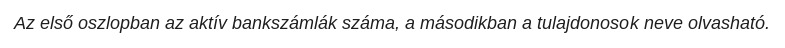
Az első oszlopban az aktív bankszámlák száma, a másodikban a tulajdonosok neve olvasható.